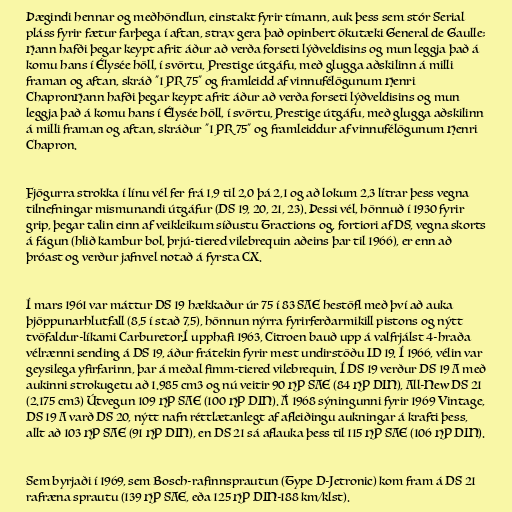
Þægindi hennar og meðhöndlun, einstakt fyrir tímann, auk þess sem stór Serial
pláss fyrir fætur farþega í aftan, strax gera það opinbert ökutæki General de Gaulle;
Hann hafði þegar keypt afrit áður að verða forseti lýðveldisins og mun leggja það á
komu hans í Élysée höll, í svörtu, Prestige útgáfu, með glugga aðskilinn á milli
framan og aftan, skráð "1 PR 75" og framleidd af vinnufélögunum Henri
ChapronHann hafði þegar keypt afrit áður að verða forseti lýðveldisins og mun
leggja það á komu hans í Élysée höll, í svörtu, Prestige útgáfu, með glugga aðskilinn
á milli framan og aftan, skráður "1 PR 75" og framleiddur af vinnufélögunum Henri
Chapron.

Fjögurra strokka í línu vél fer frá 1,9 til 2,0 þá 2,1 og að lokum 2,3 lítrar þess vegna
tilnefningar mismunandi útgáfur (DS 19, 20, 21, 23). Þessi vél, hönnuð í 1930 fyrir
grip, þegar talin einn af veikleikum síðustu Tractions og, fortiori af DS, vegna skorts
á fágun (hlið kambur bol, þrjú-tiered vilebrequin aðeins þar til 1966), er enn að
þróast og verður jafnvel notað á fyrsta CX.

Í mars 1961 var máttur DS 19 hækkaður úr 75 í 83 SAE hestöfl með því að auka
þjöppunarhlutfall (8,5 í stað 7,5), hönnun nýrra fyrirferðarmikill pistons og nýtt
tvöfaldur-líkami Carburetor.Í upphafi 1963, Citroen bauð upp á valfrjálst 4-hraða
vélrænni sending á DS 19, áður frátekin fyrir mest undirstöðu ID 19. Í 1966, vélin var
geysilega yfirfarinn, þar á meðal fimm-tiered vilebrequin. Í DS 19 verður DS 19 A með
aukinni strokugetu að 1.985 cm3 og nú veitir 90 HP SAE (84 HP DIN), All-New DS 21
(2.175 cm3) Útvegun 109 HP SAE (100 HP DIN). Á 1968 sýningunni fyrir 1969 Vintage,
DS 19 A varð DS 20, nýtt nafn réttlætanlegt af afleiðingu aukningar á krafti þess,
allt að 103 HP SAE (91 HP DIN), en DS 21 sá aflauka þess til 115 HP SAE (106 HP DIN).

Sem byrjaði í 1969, sem Bosch-rafinnsprautun (Type D-Jetronic) kom fram á DS 21
rafræna sprautu (139 HP SAE, eða 125 HP DIN-188 km/klst).